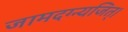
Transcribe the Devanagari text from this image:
जामदग्न्यजित्‌।